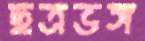
ছত্রভঙ্গ